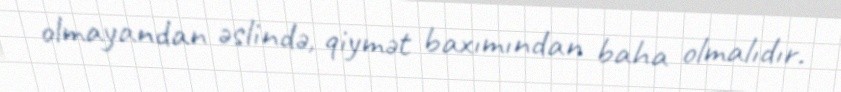
olmayandan əslində, qiymət baxımından baha olmalıdır.